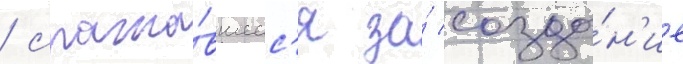
/ сража́вшеес'я за́ созда́н'ие